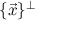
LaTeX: \{ { \vec { x } } \} ^ { \perp }